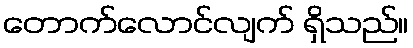
တောက်လောင်လျက် ရှိသည်။